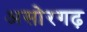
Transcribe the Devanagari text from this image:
असोरगढ़